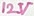
Text: 12V